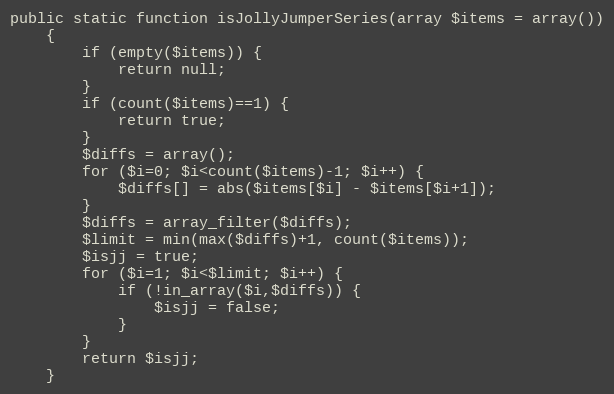
Language: PHP
public static function isJollyJumperSeries(array $items = array())
    {
        if (empty($items)) {
            return null;
        }
        if (count($items)==1) {
            return true;
        }
        $diffs = array();
        for ($i=0; $i<count($items)-1; $i++) {
            $diffs[] = abs($items[$i] - $items[$i+1]);
        }
        $diffs = array_filter($diffs);
        $limit = min(max($diffs)+1, count($items));
        $isjj = true;
        for ($i=1; $i<$limit; $i++) {
            if (!in_array($i,$diffs)) {
                $isjj = false;
            }
        }
        return $isjj;
    }